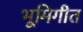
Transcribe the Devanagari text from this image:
भूमिगीत